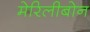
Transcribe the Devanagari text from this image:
मेरिलीबोन